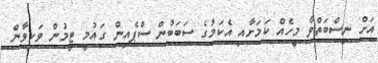
އަށް ނިސްބަތްވާ މީހެއް ކަމަށާއި އެކަމުގެ ސަބަބުން ސްޕެއިން ގައުމީ ޓީމުން ވަކިވާން